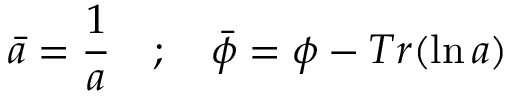
\bar { a } = \frac { 1 } { a } \quad ; \quad \bar { \phi } = \phi - T r ( { \ln a } )